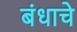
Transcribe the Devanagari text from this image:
बंधाचे